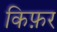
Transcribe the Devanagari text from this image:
किफ़र